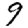
Digit: 9